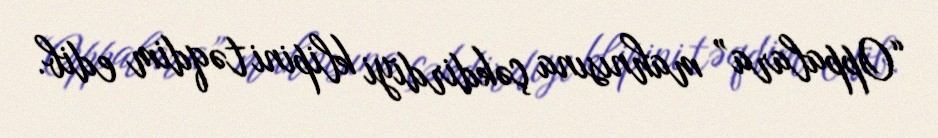
“Oppalara” mahnısına çəkdirdiyi klipini təqdim edib.